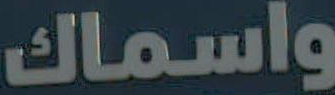
واسماك